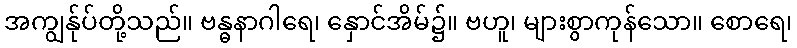
အကျွန်ုပ်တို့သည်။ ဗန္ဓနာဂါရေ၊ နှောင်အိမ်၌။ ဗဟူ၊ များစွာကုန်သော။ စောရေ၊